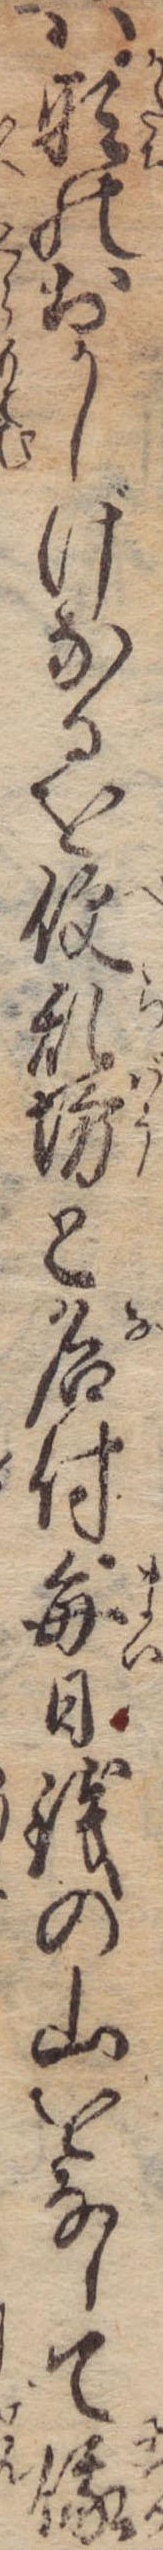
は形のおかしげなるを便乱坊と名付毎日銭の山をなして俄